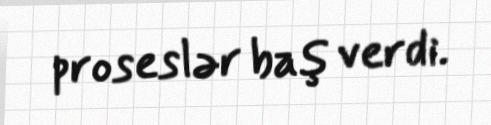
proseslər baş verdi.